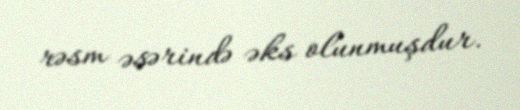
rəsm əsərində əks olunmuşdur.